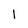
Character: l